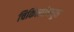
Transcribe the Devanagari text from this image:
चिकित्सांमधून